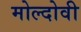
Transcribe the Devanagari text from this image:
मोल्दोवी